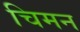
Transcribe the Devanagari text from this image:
चिमन